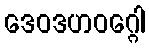
ဒေဝဒဟဝဂ္ဂေါ